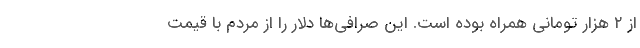
از ۲ هزار تومانی همراه بوده است. این صرافی‌ها دلار را از مردم با قیمت